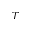
T